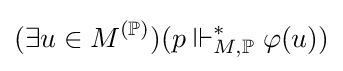
(\exists u\in M^{(\mathbb {P} )})(p\Vdash _{M,\mathbb {P} }^{*}\varphi (u))